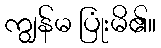
ကျွန်မ ပြုံးမိ၏။